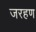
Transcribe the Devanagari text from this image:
जरहण